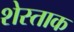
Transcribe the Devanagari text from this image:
शेस्ताक